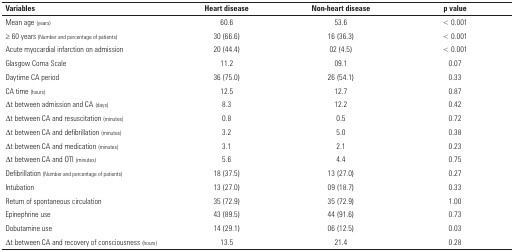
| Variables | Heart disease | Non-heart disease | p value |
 | --- | --- | --- | --- |
 | Mean age (years) | 60.6 | 53.6 | < 0.001 |
 | ≥ 60 years (Number and percentage ofpatients) | 30 (66.6) | 16 (36.3) | < 0.001 |
 | Acute myocardial infarction on admission | 20 (44.4) | 02 (4.5) | < 0.001 |
 | Glasgow Coma Scale | 11.2 | 09.1 | 0.07 |
 | Daytime CA period | 36 (75.0) | 26 (54.1) | 0.33 |
 | CA time (hours) | 12.5 | 12.7 | 0.87 |
 | Δt between admission and CA (days) | 8.3 | 12.2 | 0.42 |
 | Δt between CA and resuscitation (minutes) | 0.8 | 0.5 | 0.72 |
 | Δt between CA and defibrillation (minutes) | 3.2 | 5.0 | 0.38 |
 | Δt between CA and medication (minutes) | 3.1 | 2.1 | 0.23 |
 | Δt between CA and OTI (minutes) | 5.6 | 4.4 | 0.75 |
 | Defibrillation (Number and percentage of patients) | 18 (37.5) | 13 (27.0) | 0.27 |
 | Intubation | 13 (27.0) | 09 (18.7) | 0.33 |
 | Return of spontaneous circulation | 35 (72.9) | 35 (72.9) | 1.00 |
 | Epinephrine use | 43 (89.5) | 44 (91.6) | 0.73 |
 | Dobutamine use | 14 (29.1) | 06 (12.5) | 0.03 |
 | Δt between CA and recovery of consciousness(hours) | 13.5 | 21.4 | 0.28 |